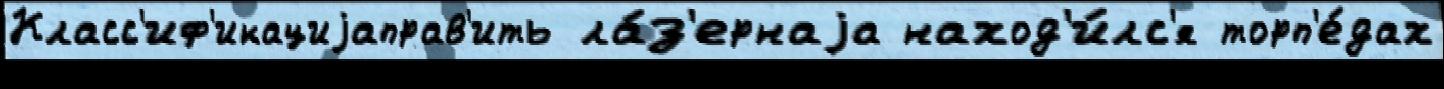
Класс'иф'икациjаправ'ить ла́з'ернаjа наход'и́лс'я торп'е́дах